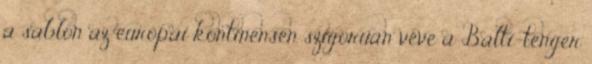
a sablon az európai kontinensen szigorúan véve a Balti-tenger